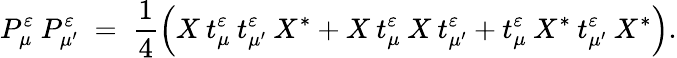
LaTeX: P_{\mu}^{\varepsilon}\: P_{\mu^{\prime}}^{\varepsilon}\; =\; \frac{1}{4}\left(X\: t_{\mu}^{\varepsilon}\: t_{\mu^{\prime}}^{\varepsilon}\: X^{*}+X\: t_{\mu}^{\varepsilon}\: X\: t_{\mu^{\prime}}^{\varepsilon}+t_{\mu}^{\varepsilon}\: X^{*}\: t_{\mu^{\prime}}^{\varepsilon}\: X^{*}\right).